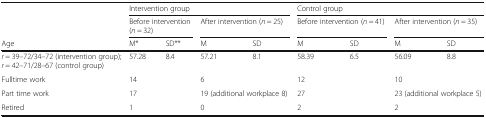
| <ROWSPAN=2>  | <COLSPAN=4> Intervention group | <COLSPAN=4> Control group |
 | <COLSPAN=2> Before intervention (n = 32) | <COLSPAN=2> After intervention (n = 25) | <COLSPAN=2> Before intervention (n = 41) | <COLSPAN=2> After intervention (n = 35) |
 | Age | M* | SD** | M | SD | M | SD | M | SD |
 | --- | --- | --- | --- | --- | --- | --- | --- | --- |
 | r = 39–72/34–72 (intervention group); r = 42–71/28–67 (control group) | 57.28 | 8.4 | 57.21 | 8.1 | 58.39 | 6.5 | 56.09 | 8.8 |
 | Fulltime work | <COLSPAN=2> 14 | <COLSPAN=2> 6 | <COLSPAN=2> 12 | <COLSPAN=2> 10 |
 | Part time work | <COLSPAN=2> 17 | <COLSPAN=2> 19 (additional workplace 8) | <COLSPAN=2> 27 | <COLSPAN=2> 23 (additional workplace 5) |
 | Retired | <COLSPAN=2> 1 | <COLSPAN=2> 0 | <COLSPAN=2> 2 | <COLSPAN=2> 2 |